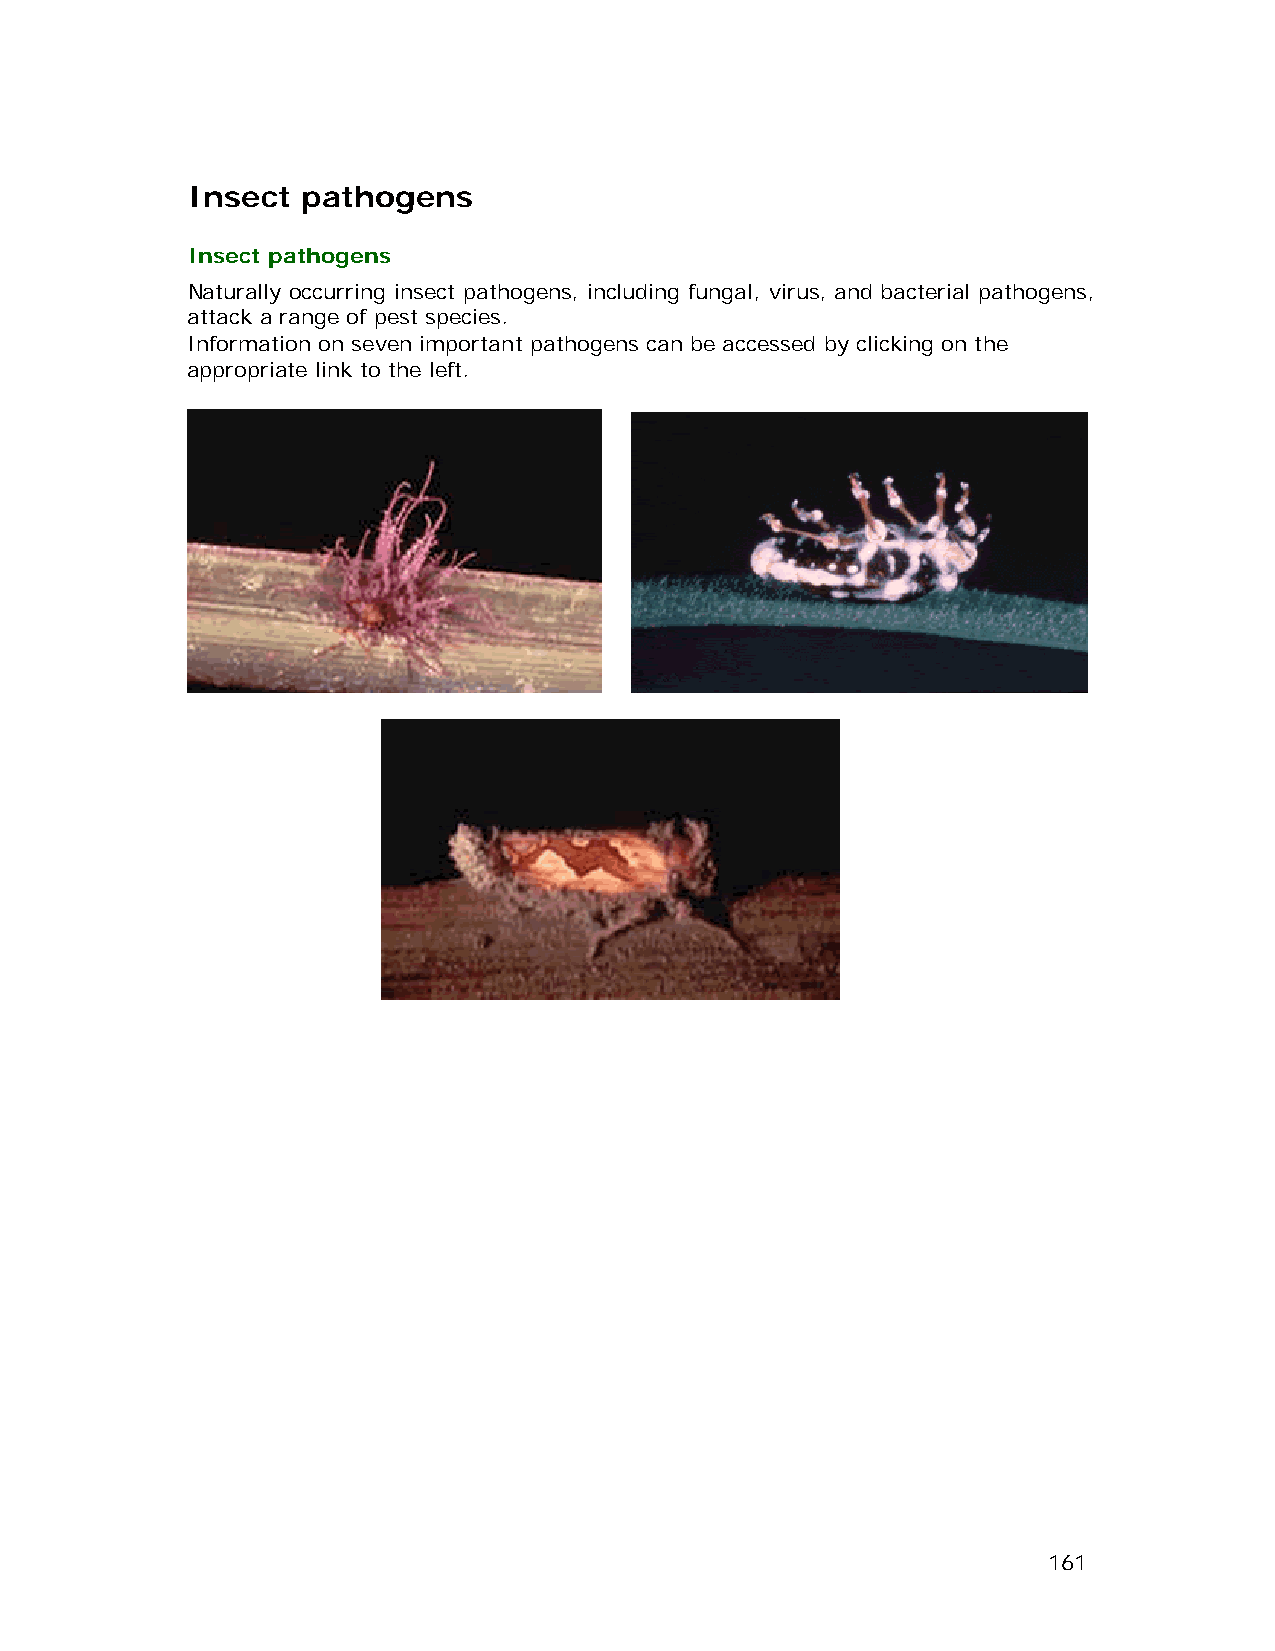
Insect  pathogens
 Insect pathogens
 Naturally occurring insect pathogens, including fungal, virus, and bacterial pathogens,
 attack a range of pest species.
 Information on seven important pathogens can be accessed by clicking on the
 appropriate link to the left.
 161